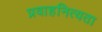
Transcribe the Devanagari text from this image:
प्रवाहनित्यता